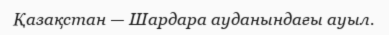
Қазақстан — Шардара ауданындағы ауыл.